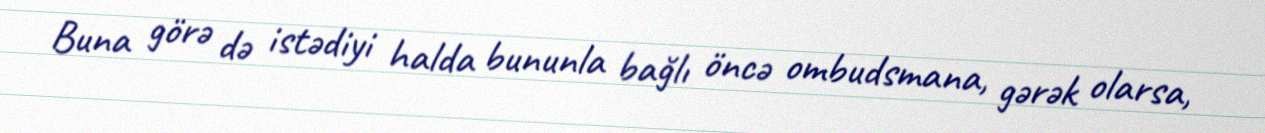
Buna görə də istədiyi halda bununla bağlı öncə ombudsmana, gərək olarsa,